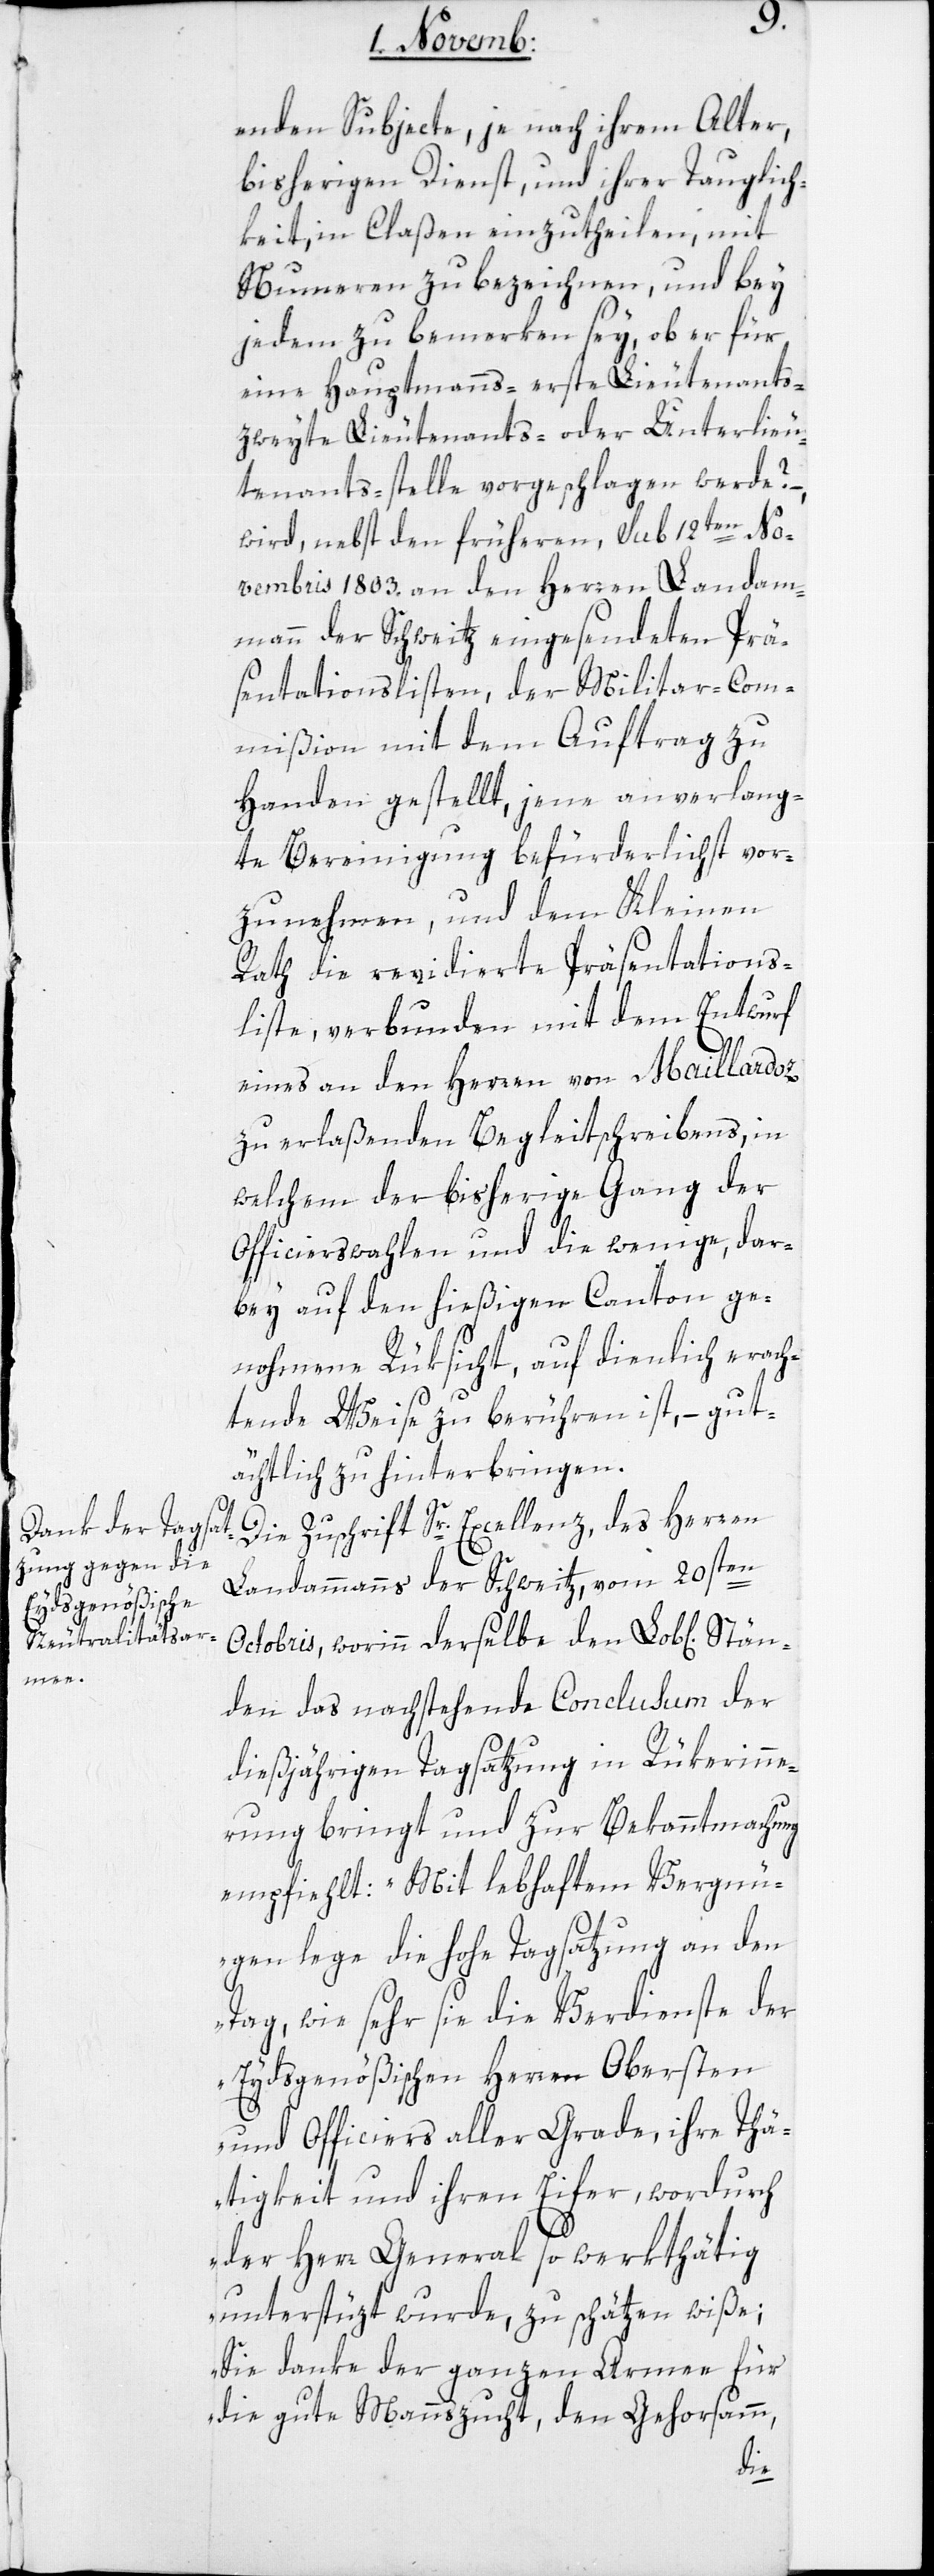
Stän¬

enden Subjecte, je nach ihrem Alter,
bisherigen Dienst, und ihrer Tauglich¬
keit, in Claßen einzutheilen, mit
Nummern zu bezeichnen, und bey
jedem zu bemerken sey, ob er für
eine Hauptmanns-[,] erste Lieutenants-[,]
zweyte Lieutenants- oder Unterlieu¬
tenants-stelle vorgeschlagen werde? –
wird, nebst den früheren, sub 12ten No¬
vembris 1803. an den Herren Landam¬
mann der Schweitz eingesendeten Prä¬
sentationslisten, der Militar-Com¬
mißion mit dem Auftrag zu
Handen gestellt, jene anverlang¬
te Bereinigung befürderlichst vor¬
zunehmen, und dem Kleinen
Rath die revidierte Präsentations¬
liste, verbunden mit dem Entwurf
eines an den Herren von Maillardoz
zu erlaßenden Begleitschreibens, in
welchem der bisherige Gang der
Officierswahlen und die wenige, dar¬
bey auf den hießigen Canton ge¬
nohmene Rüksicht, auf dienlich erach¬
tende Weise zu berühren ist, – gut¬
ächtlich zu hinterbringen.
Die Zuschrift Sr. Excellenz des Herren
Landammanns der Schweitz, vom 20sten
Octobris, worinn derselbe den Lob[lichen]
den das nachstehende Conclusum der
dießjährigen Tagsatzung in Rükerinne¬
rung bringt und zur Bekanntmachung
empfiehlt: „Mit lebhaftem Vergnü¬
gen lege die hohe Tagsatzung an den
Tag, wie sehr sie die Verdienste der
Eydsgenößischen Herren Obersten
und Officiers aller Grade, ihre Tä¬
tigkeit und ihren Eifer, wodurch
der Herr General so werkthätig
unterstüzt wurde, zu schätzen wiße;
Sie danke der ganzen Armee für
die gute Mannszucht, den Gehorsamm,